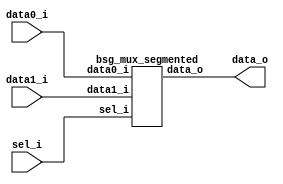


module top
(
  data0_i,
  data1_i,
  sel_i,
  data_o
);

  input [2559:0] data0_i;
  input [2559:0] data1_i;
  input [19:0] sel_i;
  output [2559:0] data_o;

  bsg_mux_segmented
  wrapper
  (
    .data0_i(data0_i),
    .data1_i(data1_i),
    .sel_i(sel_i),
    .data_o(data_o)
  );


endmodule



module bsg_mux_segmented
(
  data0_i,
  data1_i,
  sel_i,
  data_o
);

  input [2559:0] data0_i;
  input [2559:0] data1_i;
  input [19:0] sel_i;
  output [2559:0] data_o;
  wire [2559:0] data_o;
  wire N0,N1,N2,N3,N4,N5,N6,N7,N8,N9,N10,N11,N12,N13,N14,N15,N16,N17,N18,N19,N20,N21,
  N22,N23,N24,N25,N26,N27,N28,N29,N30,N31,N32,N33,N34,N35,N36,N37,N38,N39;
  assign data_o[127:0] = (N0)? data1_i[127:0] : 
                         (N20)? data0_i[127:0] : 1'b0;
  assign N0 = sel_i[0];
  assign data_o[255:128] = (N1)? data1_i[255:128] : 
                           (N21)? data0_i[255:128] : 1'b0;
  assign N1 = sel_i[1];
  assign data_o[383:256] = (N2)? data1_i[383:256] : 
                           (N22)? data0_i[383:256] : 1'b0;
  assign N2 = sel_i[2];
  assign data_o[511:384] = (N3)? data1_i[511:384] : 
                           (N23)? data0_i[511:384] : 1'b0;
  assign N3 = sel_i[3];
  assign data_o[639:512] = (N4)? data1_i[639:512] : 
                           (N24)? data0_i[639:512] : 1'b0;
  assign N4 = sel_i[4];
  assign data_o[767:640] = (N5)? data1_i[767:640] : 
                           (N25)? data0_i[767:640] : 1'b0;
  assign N5 = sel_i[5];
  assign data_o[895:768] = (N6)? data1_i[895:768] : 
                           (N26)? data0_i[895:768] : 1'b0;
  assign N6 = sel_i[6];
  assign data_o[1023:896] = (N7)? data1_i[1023:896] : 
                            (N27)? data0_i[1023:896] : 1'b0;
  assign N7 = sel_i[7];
  assign data_o[1151:1024] = (N8)? data1_i[1151:1024] : 
                             (N28)? data0_i[1151:1024] : 1'b0;
  assign N8 = sel_i[8];
  assign data_o[1279:1152] = (N9)? data1_i[1279:1152] : 
                             (N29)? data0_i[1279:1152] : 1'b0;
  assign N9 = sel_i[9];
  assign data_o[1407:1280] = (N10)? data1_i[1407:1280] : 
                             (N30)? data0_i[1407:1280] : 1'b0;
  assign N10 = sel_i[10];
  assign data_o[1535:1408] = (N11)? data1_i[1535:1408] : 
                             (N31)? data0_i[1535:1408] : 1'b0;
  assign N11 = sel_i[11];
  assign data_o[1663:1536] = (N12)? data1_i[1663:1536] : 
                             (N32)? data0_i[1663:1536] : 1'b0;
  assign N12 = sel_i[12];
  assign data_o[1791:1664] = (N13)? data1_i[1791:1664] : 
                             (N33)? data0_i[1791:1664] : 1'b0;
  assign N13 = sel_i[13];
  assign data_o[1919:1792] = (N14)? data1_i[1919:1792] : 
                             (N34)? data0_i[1919:1792] : 1'b0;
  assign N14 = sel_i[14];
  assign data_o[2047:1920] = (N15)? data1_i[2047:1920] : 
                             (N35)? data0_i[2047:1920] : 1'b0;
  assign N15 = sel_i[15];
  assign data_o[2175:2048] = (N16)? data1_i[2175:2048] : 
                             (N36)? data0_i[2175:2048] : 1'b0;
  assign N16 = sel_i[16];
  assign data_o[2303:2176] = (N17)? data1_i[2303:2176] : 
                             (N37)? data0_i[2303:2176] : 1'b0;
  assign N17 = sel_i[17];
  assign data_o[2431:2304] = (N18)? data1_i[2431:2304] : 
                             (N38)? data0_i[2431:2304] : 1'b0;
  assign N18 = sel_i[18];
  assign data_o[2559:2432] = (N19)? data1_i[2559:2432] : 
                             (N39)? data0_i[2559:2432] : 1'b0;
  assign N19 = sel_i[19];
  assign N20 = ~sel_i[0];
  assign N21 = ~sel_i[1];
  assign N22 = ~sel_i[2];
  assign N23 = ~sel_i[3];
  assign N24 = ~sel_i[4];
  assign N25 = ~sel_i[5];
  assign N26 = ~sel_i[6];
  assign N27 = ~sel_i[7];
  assign N28 = ~sel_i[8];
  assign N29 = ~sel_i[9];
  assign N30 = ~sel_i[10];
  assign N31 = ~sel_i[11];
  assign N32 = ~sel_i[12];
  assign N33 = ~sel_i[13];
  assign N34 = ~sel_i[14];
  assign N35 = ~sel_i[15];
  assign N36 = ~sel_i[16];
  assign N37 = ~sel_i[17];
  assign N38 = ~sel_i[18];
  assign N39 = ~sel_i[19];

endmodule